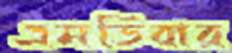
এমডিবার